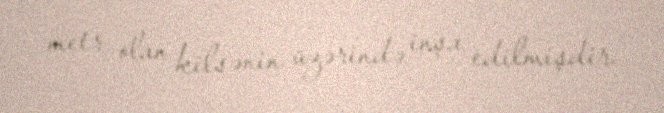
metr olan kilsənin üzərində inşa edilmişdir.